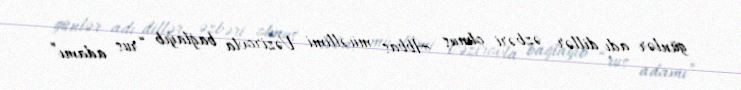
günlər adı dillər əzbəri olmuş Abbas müəllimi Vəzirovla bağlayıb “rus adamı”